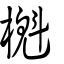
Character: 櫆